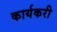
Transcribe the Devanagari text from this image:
कार्यकरी